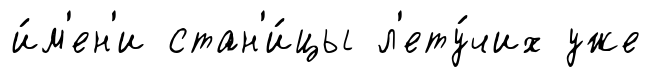
и́м'ен'и стан'и́цы л'ету́чих уже